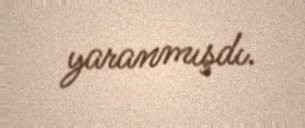
yaranmışdı.